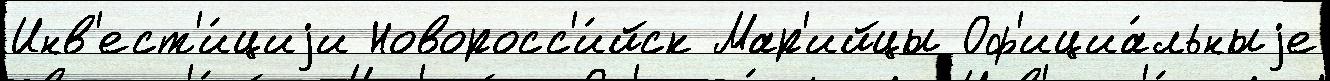
Инв'ест'и́циjи Новоросс'и́йск Мар'ийцы Оф'ициа́льныjе